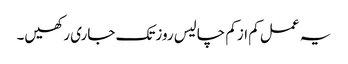
یہ عمل کم ازکم چالیس روزتک جاری رکھیں۔